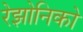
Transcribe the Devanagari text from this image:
रेझोनिको